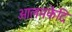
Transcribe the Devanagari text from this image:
आलमफेदि